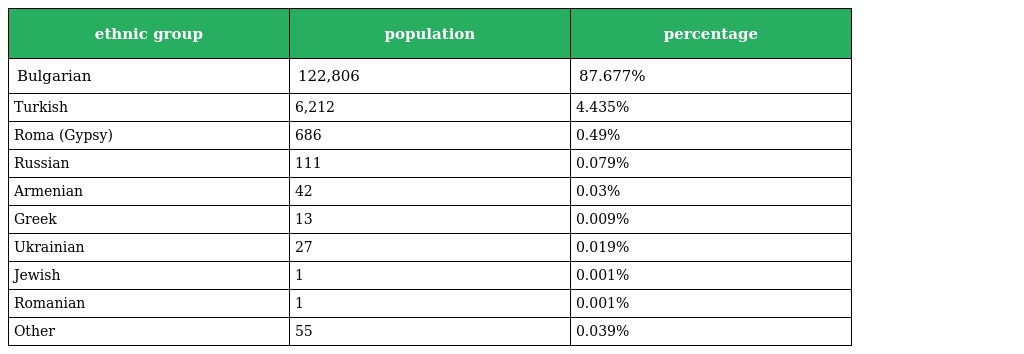
| ethnic group | population | percentage |
 | --- | --- | --- |
 | Bulgarian | 122,806 | 87.677% |
 | Turkish | 6,212 | 4.435% |
 | Roma (Gypsy) | 686 | 0.49% |
 | Russian | 111 | 0.079% |
 | Armenian | 42 | 0.03% |
 | Greek | 13 | 0.009% |
 | Ukrainian | 27 | 0.019% |
 | Jewish | 1 | 0.001% |
 | Romanian | 1 | 0.001% |
 | Other | 55 | 0.039% |